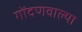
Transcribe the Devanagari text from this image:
गोंदणवाल्या